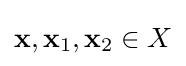
{\textstyle \mathbf {x} ,\mathbf {x} _{1},\mathbf {x} _{2}\in X}